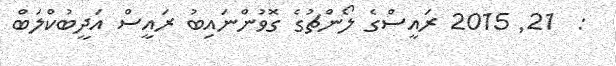
:  21